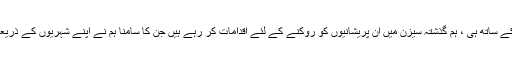
اسی کے ساتھ ہی ، ہم گذشتہ سیزن میں ان پریشانیوں کو روکنے کے لئے اقدامات کر رہے ہیں جن کا سامنا ہم نے اپنے شہریوں کے ذریعہ کیا۔